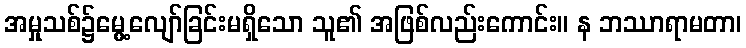
အမှုသစ်၌မွေ့လျော်ခြင်းမရှိသော သူ၏ အဖြစ်လည်းကောင်း။ န ဘဿာရာမတာ၊